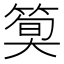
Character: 𫂎